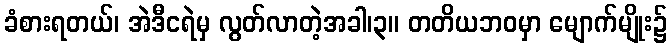
ခံစားရတယ်၊ အဲဒီငရဲမှ လွတ်လာတဲ့အခါ၊၃။ တတိယဘဝမှာ မျောက်မျိုး၌